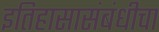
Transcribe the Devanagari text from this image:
इतिहासासंबंधीचा